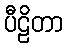
ပီဠိတာ